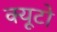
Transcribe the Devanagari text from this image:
क्यूटो